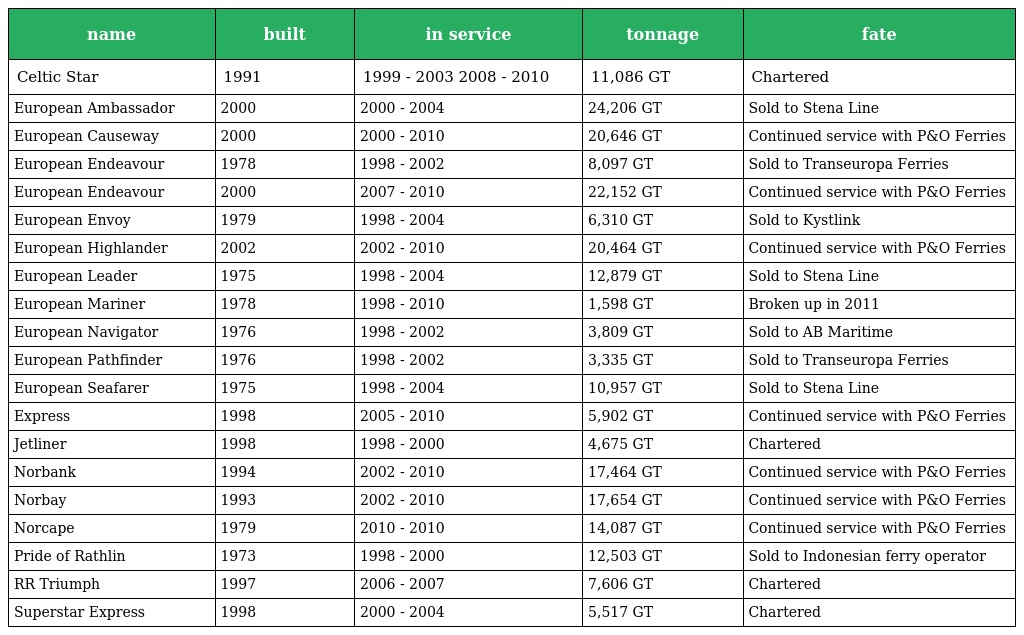
| name | built | in service | tonnage | fate |
 | --- | --- | --- | --- | --- |
 | Celtic Star | 1991 | 1999 - 2003 2008 - 2010 | 11,086 GT | Chartered |
 | European Ambassador | 2000 | 2000 - 2004 | 24,206 GT | Sold to Stena Line |
 | European Causeway | 2000 | 2000 - 2010 | 20,646 GT | Continued service with P&O Ferries |
 | European Endeavour | 1978 | 1998 - 2002 | 8,097 GT | Sold to Transeuropa Ferries |
 | European Endeavour | 2000 | 2007 - 2010 | 22,152 GT | Continued service with P&O Ferries |
 | European Envoy | 1979 | 1998 - 2004 | 6,310 GT | Sold to Kystlink |
 | European Highlander | 2002 | 2002 - 2010 | 20,464 GT | Continued service with P&O Ferries |
 | European Leader | 1975 | 1998 - 2004 | 12,879 GT | Sold to Stena Line |
 | European Mariner | 1978 | 1998 - 2010 | 1,598 GT | Broken up in 2011 |
 | European Navigator | 1976 | 1998 - 2002 | 3,809 GT | Sold to AB Maritime |
 | European Pathfinder | 1976 | 1998 - 2002 | 3,335 GT | Sold to Transeuropa Ferries |
 | European Seafarer | 1975 | 1998 - 2004 | 10,957 GT | Sold to Stena Line |
 | Express | 1998 | 2005 - 2010 | 5,902 GT | Continued service with P&O Ferries |
 | Jetliner | 1998 | 1998 - 2000 | 4,675 GT | Chartered |
 | Norbank | 1994 | 2002 - 2010 | 17,464 GT | Continued service with P&O Ferries |
 | Norbay | 1993 | 2002 - 2010 | 17,654 GT | Continued service with P&O Ferries |
 | Norcape | 1979 | 2010 - 2010 | 14,087 GT | Continued service with P&O Ferries |
 | Pride of Rathlin | 1973 | 1998 - 2000 | 12,503 GT | Sold to Indonesian ferry operator |
 | RR Triumph | 1997 | 2006 - 2007 | 7,606 GT | Chartered |
 | Superstar Express | 1998 | 2000 - 2004 | 5,517 GT | Chartered |